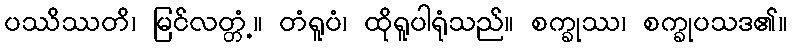
ပဿိဿတိ၊ မြင်လတ္တံ့။ တံရူပံ၊ ထိုရူပါရုံသည်။ စက္ခုဿ၊ စက္ခုပသဒ၏။